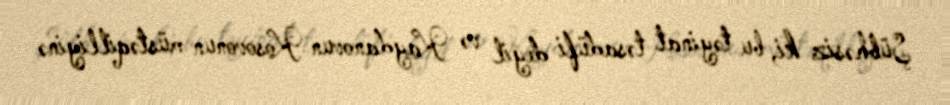
Şübhəsiz ki, bu təyinat təsadüfi deyil və Kaydanovun Kosovonun müstəqilliyinə